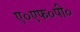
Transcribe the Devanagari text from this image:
ए०एफ०पी०